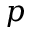
p